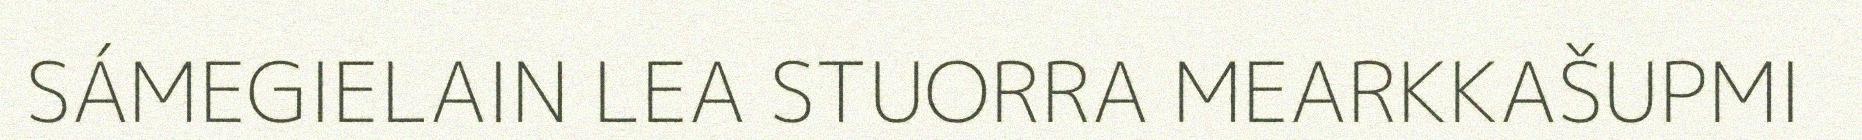
SÁMEGIELAIN LEA STUORRA MEARKKAŠUPMI